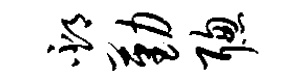
邳勤聪